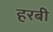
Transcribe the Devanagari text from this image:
हरबी